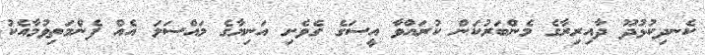
ކެނދިކުޅުދޫ ދާއިރިރާގެ މެންބަރުކަން ކުރައްވާ އީސަގެ ގެވެށި އަނިޔާގެ މައްސަލަ އެއް ފެންމަތިވުމާއެކު